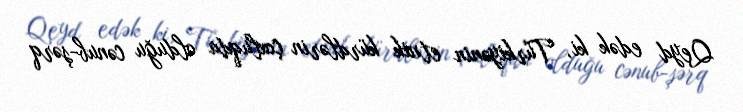
Qeyd edək ki, Türkiyənin etnik kürdlərin çoxluqda olduğu cənub-şərq